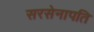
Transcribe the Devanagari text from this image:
सरसेनापति